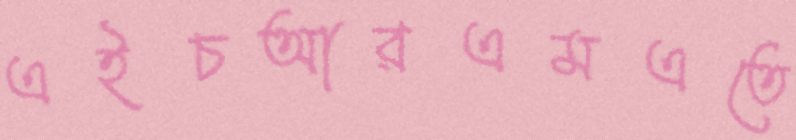
এইচআরএমএতে